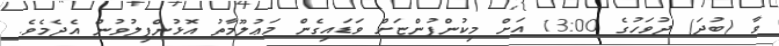
ވާ (ބުދަ) ދުވަހުގެ 13:00 އަށް މިކުންފުންޏަށް ވަޑައިގެން މަޢުލޫމާތު އޮޅުންފިލުވުން އެދެމެވެ.